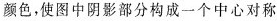
颜色，使图中阴影部分构成一个中心对称